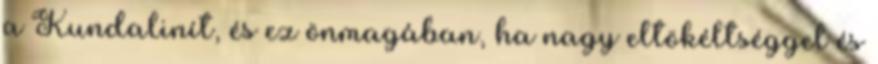
a Kundalinít, és ez önmagában, ha nagy eltökéltséggel és